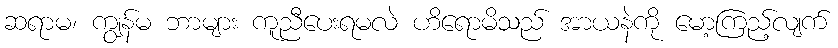
ဆရာမ၊ ကျွန်မ ဘာများ ကူညီပေးရမလဲ ဟိရောမိသည် အာယနဲကို မော့ကြည့်လျက်